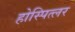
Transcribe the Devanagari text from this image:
होस्पित्लर